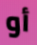
أو